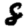
Digit: 8